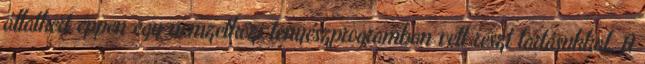
állatkert éppen egy nemzetközi tenyészprogramban vett részt tartásukkal. A